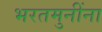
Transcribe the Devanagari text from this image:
भरतमुनींना